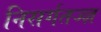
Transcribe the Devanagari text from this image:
निसर्गतज्ज्ञ